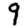
Digit: 9